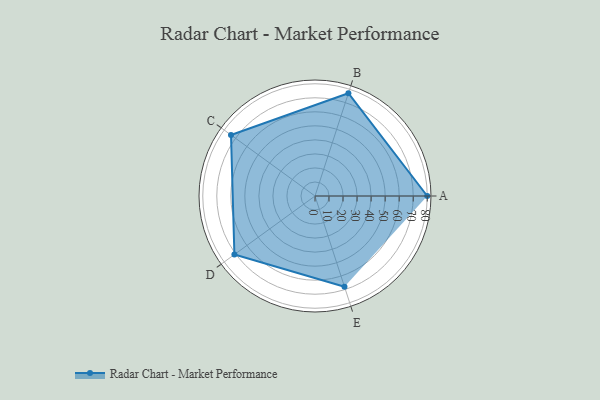
{"axis": {"x": "Skill", "y": "Score"}, "legend": ["Profile"], "data": [{"x": "A", "y": 80.0, "type": "Profile"}, {"x": "B", "y": 77.0, "type": "Profile"}, {"x": "C", "y": 74.0, "type": "Profile"}, {"x": "D", "y": 71.0, "type": "Profile"}, {"x": "E", "y": 68.0, "type": "Profile"}]}